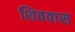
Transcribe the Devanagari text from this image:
शिववास